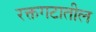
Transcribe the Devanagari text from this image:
रक्तगटातील